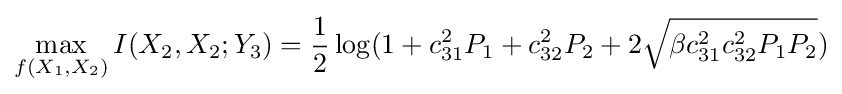
\max _{f(X_{1},X_{2})}I(X_{2},X_{2};Y_{3})={\frac {1}{2}}\log(1+c_{31}^{2}P_{1}+c_{32}^{2}P_{2}+2{\sqrt {\beta c_{31}^{2}c_{32}^{2}P_{1}P_{2}}})